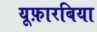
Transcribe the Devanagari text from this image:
यूफ़ारबिया